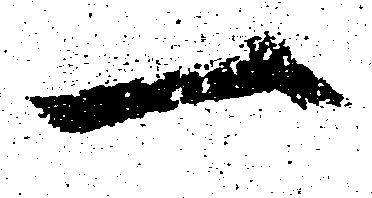
一